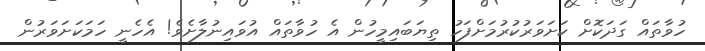
ހުވާތައް ގަދަކޮށް ކަށަވަރުކުރުމަށްފަހު ތިޔަބައިމީހުން އެ ހުވާތައް އުވައިނުލާށެވެ! އެހެނީ ހަމަކަށަވަރުން